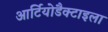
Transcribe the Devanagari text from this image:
आर्टियोडैक्टाइला